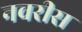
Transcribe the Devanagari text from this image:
नवरीस